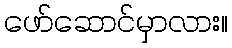
ဖော်ဆောင်မှာလား။